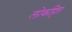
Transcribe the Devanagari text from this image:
लोकहित